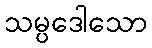
သမ္ပဒေါသော